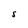
Character: s